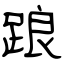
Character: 踉